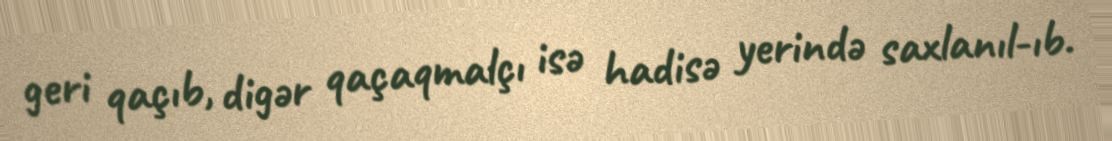
geri qaçıb, digər qaçaqmalçı isə hadisə yerində saxlanıl­ıb.